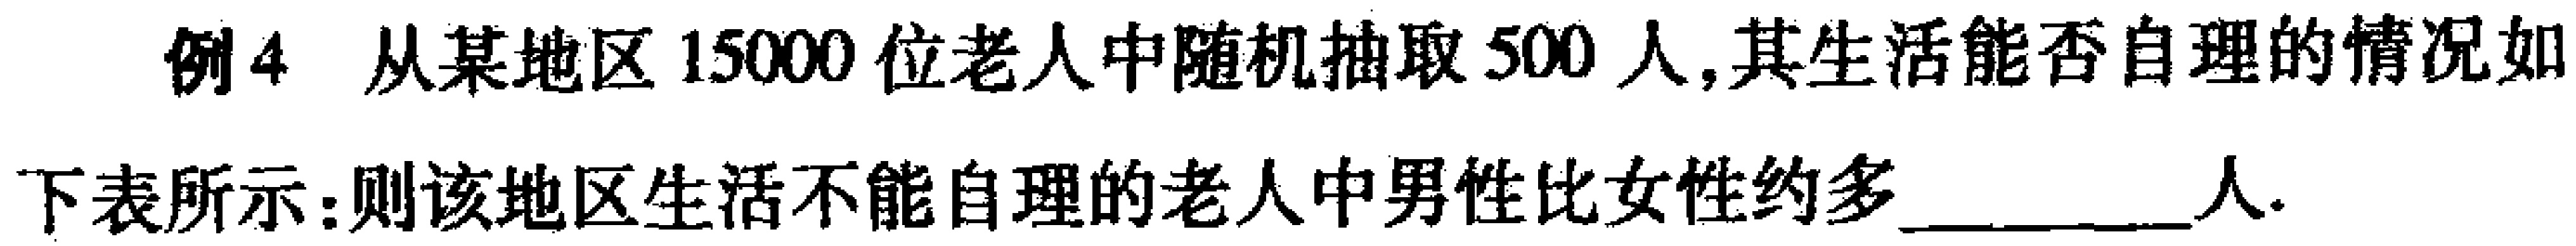
例4 从某地区15000位老人中随机抽取500人,其生活能否自理的情况如

下表所示：则该地区生活不能自理的老人中男性比女性约多________人.